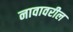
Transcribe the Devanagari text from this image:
नावावरील